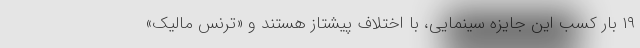
۱۹ بار کسب این جایزه سینمایی، با اختلاف پیشتاز هستند و «ترنس مالیک»